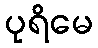
ပုရိမေ